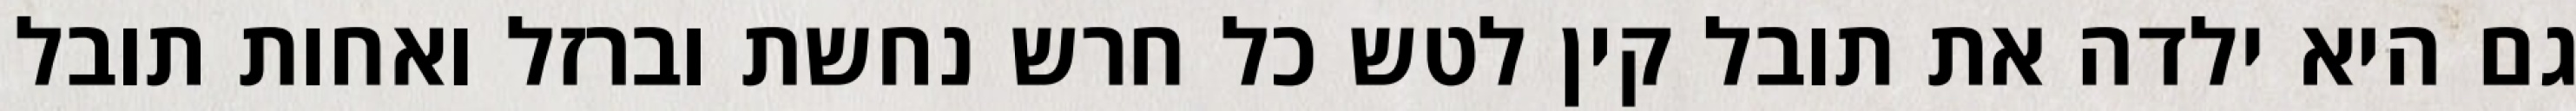
גם היא ילדה את תובל קין לטש כל חרש נחשת וברזל ואחות תובל